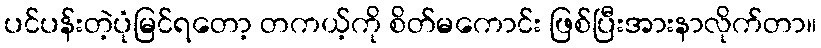
ပင်ပန်းတဲ့ပုံမြင်ရတော့ တကယ့်ကို စိတ်မကောင်း ဖြစ်ပြီးအားနာလိုက်တာ။